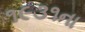
૧૯૩૧ના